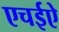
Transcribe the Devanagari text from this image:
एचईऐ